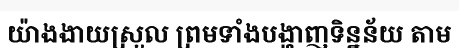
យ៉ាងងាយស្រួល ព្រមទាំងបង្ហាញទិន្នន័យ តាម